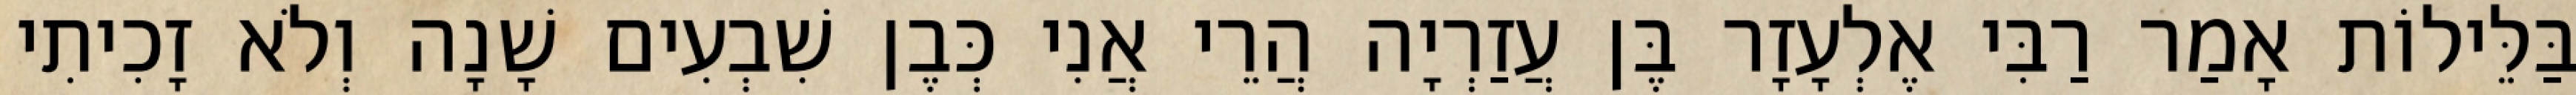
בַּלֵּילוֹת אָמַר רַבִּי אֶלְעָזָר בֶּן עֲזַרְיָה הֲרֵי אֲנִי כְּבֶן שִׁבְעִים שָׁנָה וְלֹא זָכִיתִי